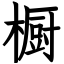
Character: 橱